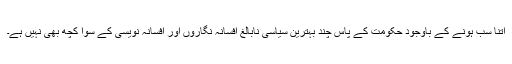
اتنا سب ہونے کے باوجود حکومت کے پاس چند بہترین سیاسی نابالغ افسانہ نگاروں اور افسانہ نویسی کے سوا کچھ بھی نہیں ہے۔